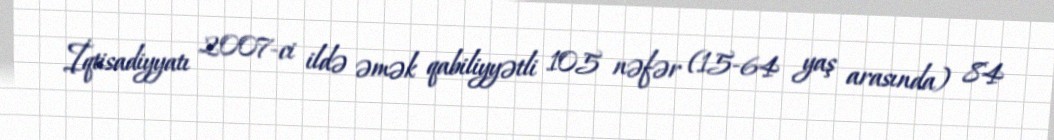
İqtisadiyyatı 2007-ci ildə əmək qabiliyyətli 105 nəfər (15-64 yaş arasında) 84